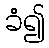
ခံ၍